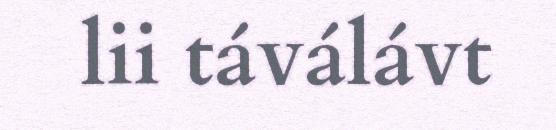
lii táválávt